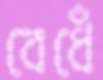
বেধেঁ